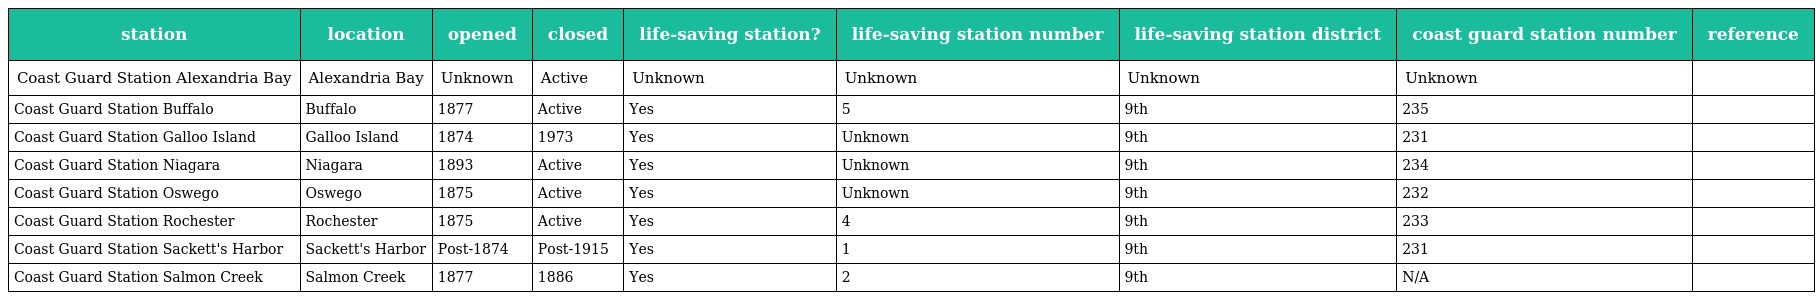
| station | location | opened | closed | life-saving station? | life-saving station number | life-saving station district | coast guard station number | reference |
 | --- | --- | --- | --- | --- | --- | --- | --- | --- |
 | Coast Guard Station Alexandria Bay | Alexandria Bay | Unknown | Active | Unknown | Unknown | Unknown | Unknown |  |
 | Coast Guard Station Buffalo | Buffalo | 1877 | Active | Yes | 5 | 9th | 235 |  |
 | Coast Guard Station Galloo Island | Galloo Island | 1874 | 1973 | Yes | Unknown | 9th | 231 |  |
 | Coast Guard Station Niagara | Niagara | 1893 | Active | Yes | Unknown | 9th | 234 |  |
 | Coast Guard Station Oswego | Oswego | 1875 | Active | Yes | Unknown | 9th | 232 |  |
 | Coast Guard Station Rochester | Rochester | 1875 | Active | Yes | 4 | 9th | 233 |  |
 | Coast Guard Station Sackett's Harbor | Sackett's Harbor | Post-1874 | Post-1915 | Yes | 1 | 9th | 231 |  |
 | Coast Guard Station Salmon Creek | Salmon Creek | 1877 | 1886 | Yes | 2 | 9th | N/A |  |